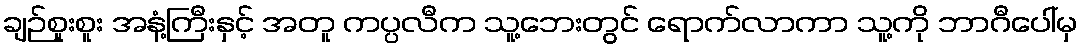
ချဉ်စူးစူး အနံ့ကြီးနှင့် အတူ ကပ္ပလီက သူ့ဘေးတွင် ရောက်လာကာ သူ့ကို ဘာဂီပေါ်မှ